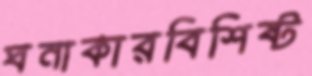
ঘনাকারবিশিষ্ট